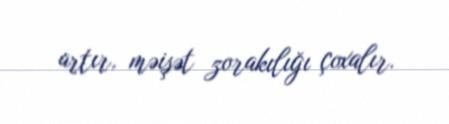
artır, məişət zorakılığı çoxalır.